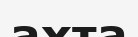
ахта